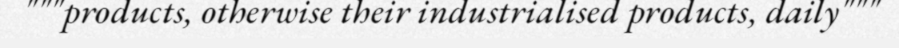
"""products, otherwise their industrialised products, daily"""